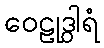
ဝေဠုဒွါရံ